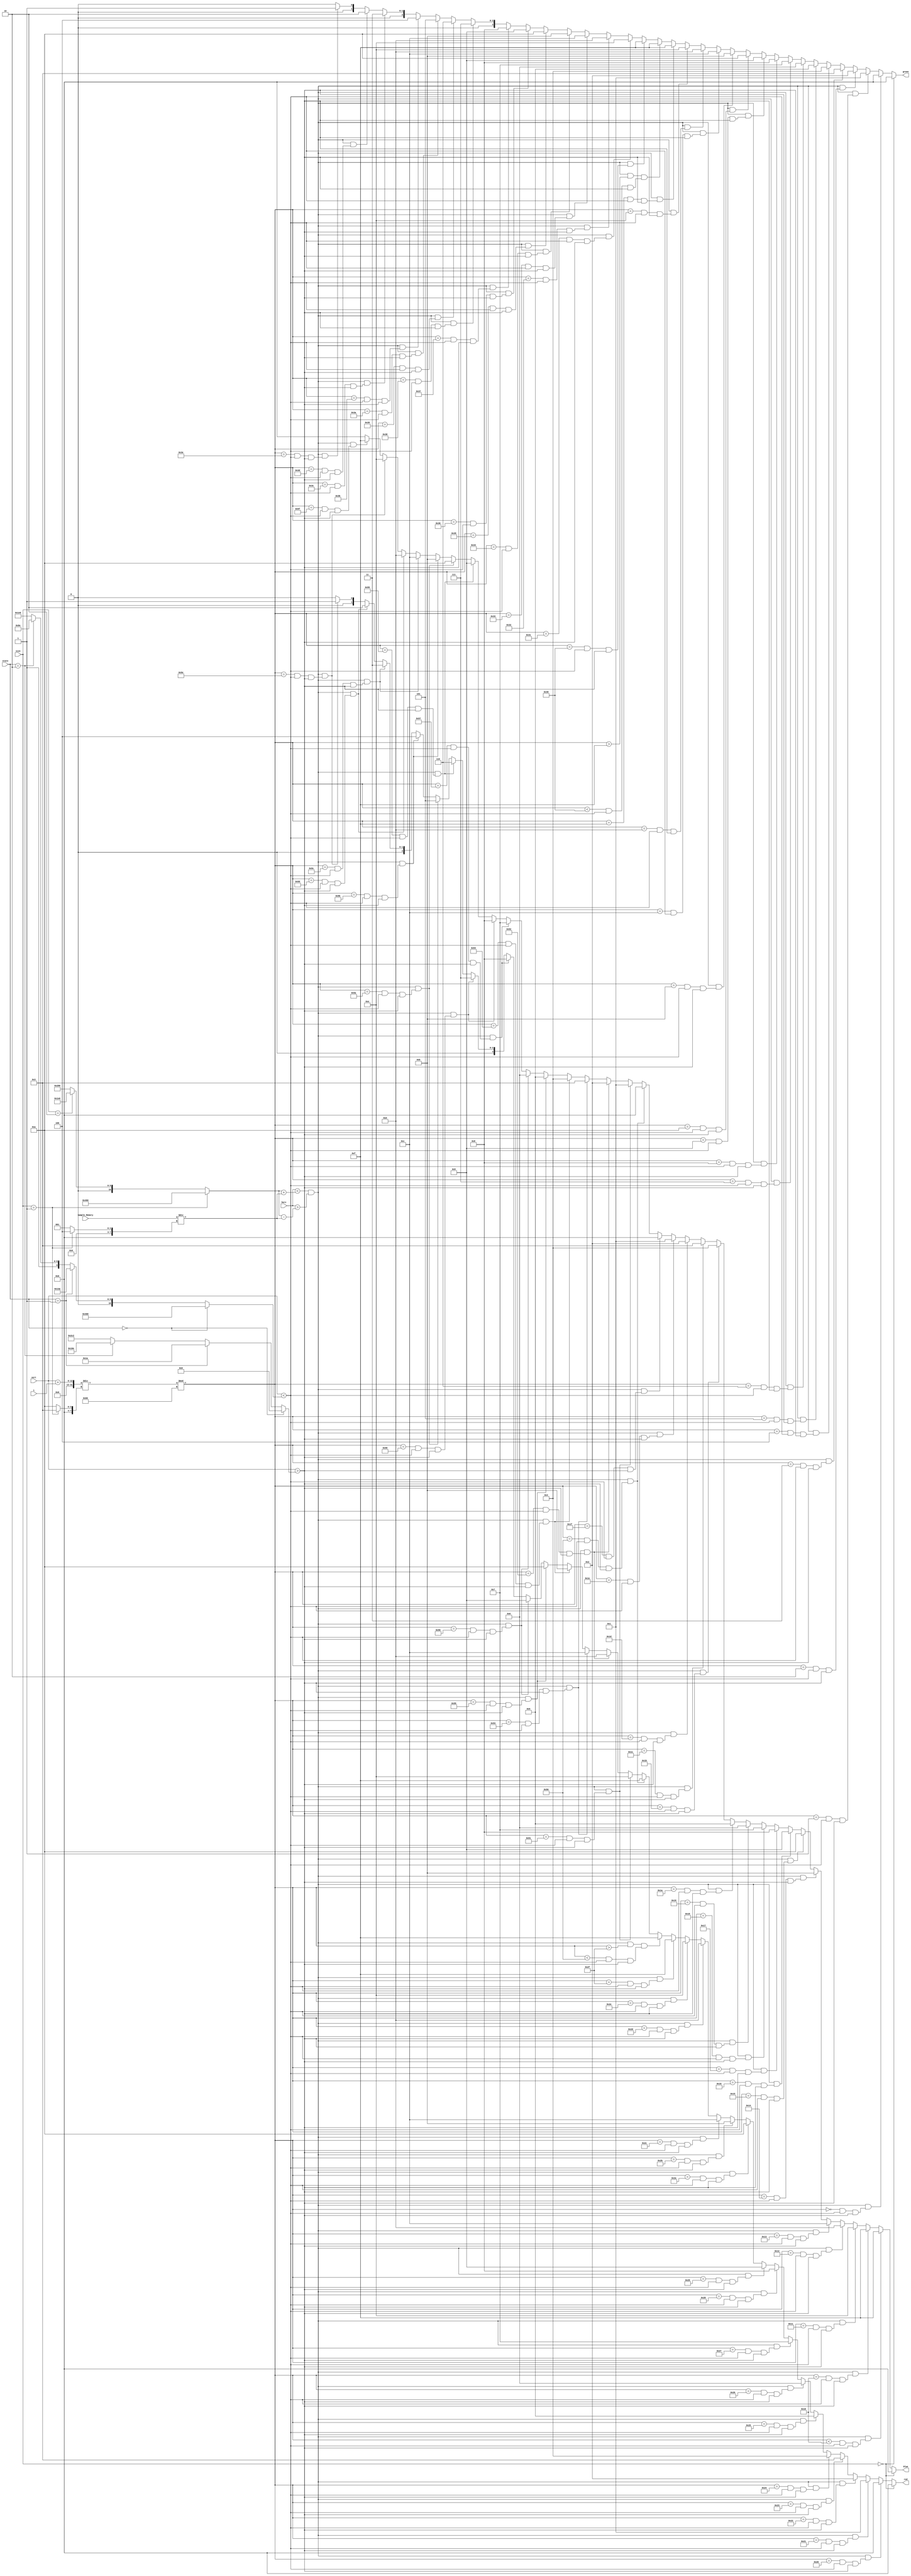
module draw_wave( 
    input [11:0] horz, 
    input [11:0] vert, 
    input [11:0] Sample_Memory, 
    input [1:0] size,
    input [1:0] state,
    input [10:0] i,
    output [3:0] blue, 
    output [3:0] green, 
    output [3:0] red
    );
    
    wire [7:0] scale;
    wire [7:0] mod;
    wire [11:0] x;
    wire [11:0] ymin;
    wire [11:0] ymax;
    assign scale = (size == 1) ? 4 : 1;
    assign mod = (size == 1) ? 3 : 10;
    assign x = (size == 1) ? 1120 : 
                {(size == 2) ? 480 : 640};
    assign ymin = (state == 0) ? 0 :
                {(state == 1) ? 26 :
                    {(state == 2) ? 366 : 706}};
    assign ymax = (state == 0) ? 1024 :
                {(state == 1) ? 314 :
                    {(state == 2) ? 654 : 998}};

//      Code for verticle waveform           
    assign blue =   (size == 0) ? 0 : 
                    (horz < (x + Sample_Memory / scale)) && (horz > (x - Sample_Memory / scale)) && (((vert + i) / mod) % 96  < 16 && vert < ymax && vert > ymin) ? 15 : 
                    (horz < (x + Sample_Memory / scale)) && (horz > (x - Sample_Memory / scale)) && (((vert + i) / mod) % 96 == 16 && vert < ymax && vert > ymin) ? 15 :
                    (horz < (x + Sample_Memory / scale)) && (horz > (x - Sample_Memory / scale)) && (((vert + i) / mod) % 96 == 17 && vert < ymax && vert > ymin) ? 14 : 
                    (horz < (x + Sample_Memory / scale)) && (horz > (x - Sample_Memory / scale)) && (((vert + i) / mod) % 96 == 18 && vert < ymax && vert > ymin) ? 13 : 
                    (horz < (x + Sample_Memory / scale)) && (horz > (x - Sample_Memory / scale)) && (((vert + i) / mod) % 96 == 19 && vert < ymax && vert > ymin) ? 12 : 
                    (horz < (x + Sample_Memory / scale)) && (horz > (x - Sample_Memory / scale)) && (((vert + i) / mod) % 96 == 20 && vert < ymax && vert > ymin) ? 11 : 
                    (horz < (x + Sample_Memory / scale)) && (horz > (x - Sample_Memory / scale)) && (((vert + i) / mod) % 96 == 21 && vert < ymax && vert > ymin) ? 10 : 
                    (horz < (x + Sample_Memory / scale)) && (horz > (x - Sample_Memory / scale)) && (((vert + i) / mod) % 96 == 22 && vert < ymax && vert > ymin) ? 9 :  
                    (horz < (x + Sample_Memory / scale)) && (horz > (x - Sample_Memory / scale)) && (((vert + i) / mod) % 96 == 23 && vert < ymax && vert > ymin) ? 8 : 
                    (horz < (x + Sample_Memory / scale)) && (horz > (x - Sample_Memory / scale)) && (((vert + i) / mod) % 96 == 24 && vert < ymax && vert > ymin) ? 7 : 
                    (horz < (x + Sample_Memory / scale)) && (horz > (x - Sample_Memory / scale)) && (((vert + i) / mod) % 96 == 25 && vert < ymax && vert > ymin) ? 6 : 
                    (horz < (x + Sample_Memory / scale)) && (horz > (x - Sample_Memory / scale)) && (((vert + i) / mod) % 96 == 26 && vert < ymax && vert > ymin) ? 5 : 
                    (horz < (x + Sample_Memory / scale)) && (horz > (x - Sample_Memory / scale)) && (((vert + i) / mod) % 96 == 27 && vert < ymax && vert > ymin) ? 4 : 
                    (horz < (x + Sample_Memory / scale)) && (horz > (x - Sample_Memory / scale)) && (((vert + i) / mod) % 96 == 28 && vert < ymax && vert > ymin) ? 3 :      
                    (horz < (x + Sample_Memory / scale)) && (horz > (x - Sample_Memory / scale)) && (((vert + i) / mod) % 96 == 29 && vert < ymax && vert > ymin) ? 2 : 
                    (horz < (x + Sample_Memory / scale)) && (horz > (x - Sample_Memory / scale)) && (((vert + i) / mod) % 96 == 30 && vert < ymax && vert > ymin) ? 1 : 
                    (horz < (x + Sample_Memory / scale)) && (horz > (x - Sample_Memory / scale)) && (((vert + i) / mod) % 96 == 31 && vert < ymax && vert > ymin) ? 0 :  
                    (horz < (x + Sample_Memory / scale)) && (horz > (x - Sample_Memory / scale)) && (((vert + i) / mod) % 96 == 31 && vert < ymax && vert > ymin) ? 0 :
                                       
                    (horz < (x + Sample_Memory / scale)) && (horz > (x - Sample_Memory / scale)) && (((vert + i) / mod) % 96  == 80 && vert < ymax && vert > ymin) ? 0 : 
                    (horz < (x + Sample_Memory / scale)) && (horz > (x - Sample_Memory / scale)) && (((vert + i) / mod) % 96  == 81 && vert < ymax && vert > ymin) ? 1 : 
                    (horz < (x + Sample_Memory / scale)) && (horz > (x - Sample_Memory / scale)) && (((vert + i) / mod) % 96  == 82 && vert < ymax && vert > ymin) ? 2 : 
                    (horz < (x + Sample_Memory / scale)) && (horz > (x - Sample_Memory / scale)) && (((vert + i) / mod) % 96  == 83 && vert < ymax && vert > ymin) ? 3 : 
                    (horz < (x + Sample_Memory / scale)) && (horz > (x - Sample_Memory / scale)) && (((vert + i) / mod) % 96  == 84 && vert < ymax && vert > ymin) ? 4 : 
                    (horz < (x + Sample_Memory / scale)) && (horz > (x - Sample_Memory / scale)) && (((vert + i) / mod) % 96  == 85 && vert < ymax && vert > ymin) ? 5 : 
                    (horz < (x + Sample_Memory / scale)) && (horz > (x - Sample_Memory / scale)) && (((vert + i) / mod) % 96  == 86 && vert < ymax && vert > ymin) ? 6 :  
                    (horz < (x + Sample_Memory / scale)) && (horz > (x - Sample_Memory / scale)) && (((vert + i) / mod) % 96  == 87 && vert < ymax && vert > ymin) ? 7 : 
                    (horz < (x + Sample_Memory / scale)) && (horz > (x - Sample_Memory / scale)) && (((vert + i) / mod) % 96  == 88 && vert < ymax && vert > ymin) ? 8 : 
                    (horz < (x + Sample_Memory / scale)) && (horz > (x - Sample_Memory / scale)) && (((vert + i) / mod) % 96  == 89 && vert < ymax && vert > ymin) ? 9 : 
                    (horz < (x + Sample_Memory / scale)) && (horz > (x - Sample_Memory / scale)) && (((vert + i) / mod) % 96  == 90 && vert < ymax && vert > ymin) ? 10 : 
                    (horz < (x + Sample_Memory / scale)) && (horz > (x - Sample_Memory / scale)) && (((vert + i) / mod) % 96  == 91 && vert < ymax && vert > ymin) ? 11 : 
                    (horz < (x + Sample_Memory / scale)) && (horz > (x - Sample_Memory / scale)) && (((vert + i) / mod) % 96  == 92 && vert < ymax && vert > ymin) ? 12 :      
                    (horz < (x + Sample_Memory / scale)) && (horz > (x - Sample_Memory / scale)) && (((vert + i) / mod) % 96  == 93 && vert < ymax && vert > ymin) ? 13 : 
                    (horz < (x + Sample_Memory / scale)) && (horz > (x - Sample_Memory / scale)) && (((vert + i) / mod) % 96  == 94 && vert < ymax && vert > ymin) ? 14 : 
                    (horz < (x + Sample_Memory / scale)) && (horz > (x - Sample_Memory / scale)) && (((vert + i) / mod) % 96  == 95 && vert < ymax && vert > ymin) ? 15 : 0; 

    assign green =  (size == 0) ? 0 : 
                    (horz < (x + Sample_Memory / scale)) && (horz > (x - Sample_Memory / scale)) && (((vert + i) / mod) % 96  == 0 && vert < ymax && vert > ymin) ? 0 : 
                    (horz < (x + Sample_Memory / scale)) && (horz > (x - Sample_Memory / scale)) && (((vert + i) / mod) % 96  == 1 && vert < ymax && vert > ymin) ? 1 : 
                    (horz < (x + Sample_Memory / scale)) && (horz > (x - Sample_Memory / scale)) && (((vert + i) / mod) % 96  == 2 && vert < ymax && vert > ymin) ? 2 : 
                    (horz < (x + Sample_Memory / scale)) && (horz > (x - Sample_Memory / scale)) && (((vert + i) / mod) % 96  == 3 && vert < ymax && vert > ymin) ? 3 : 
                    (horz < (x + Sample_Memory / scale)) && (horz > (x - Sample_Memory / scale)) && (((vert + i) / mod) % 96  == 4 && vert < ymax && vert > ymin) ? 4 : 
                    (horz < (x + Sample_Memory / scale)) && (horz > (x - Sample_Memory / scale)) && (((vert + i) / mod) % 96  == 5 && vert < ymax && vert > ymin) ? 5 : 
                    (horz < (x + Sample_Memory / scale)) && (horz > (x - Sample_Memory / scale)) && (((vert + i) / mod) % 96  == 6 && vert < ymax && vert > ymin) ? 6 :  
                    (horz < (x + Sample_Memory / scale)) && (horz > (x - Sample_Memory / scale)) && (((vert + i) / mod) % 96  == 7 && vert < ymax && vert > ymin) ? 7 : 
                    (horz < (x + Sample_Memory / scale)) && (horz > (x - Sample_Memory / scale)) && (((vert + i) / mod) % 96  == 8 && vert < ymax && vert > ymin) ? 8 : 
                    (horz < (x + Sample_Memory / scale)) && (horz > (x - Sample_Memory / scale)) && (((vert + i) / mod) % 96  == 9 && vert < ymax && vert > ymin) ? 9 : 
                    (horz < (x + Sample_Memory / scale)) && (horz > (x - Sample_Memory / scale)) && (((vert + i) / mod) % 96  == 10 && vert < ymax && vert > ymin) ? 10 : 
                    (horz < (x + Sample_Memory / scale)) && (horz > (x - Sample_Memory / scale)) && (((vert + i) / mod) % 96  == 11 && vert < ymax && vert > ymin) ? 11 : 
                    (horz < (x + Sample_Memory / scale)) && (horz > (x - Sample_Memory / scale)) && (((vert + i) / mod) % 96  == 12 && vert < ymax && vert > ymin) ? 12 :      
                    (horz < (x + Sample_Memory / scale)) && (horz > (x - Sample_Memory / scale)) && (((vert + i) / mod) % 96  == 13 && vert < ymax && vert > ymin) ? 13 : 
                    (horz < (x + Sample_Memory / scale)) && (horz > (x - Sample_Memory / scale)) && (((vert + i) / mod) % 96  == 14 && vert < ymax && vert > ymin) ? 14 : 
                    (horz < (x + Sample_Memory / scale)) && (horz > (x - Sample_Memory / scale)) && (((vert + i) / mod) % 96  == 15 && vert < ymax && vert > ymin) ? 15 :  
                    (horz < (x + Sample_Memory / scale)) && (horz > (x - Sample_Memory / scale)) && (((vert + i) / mod) % 96  > 15) && (((vert + i) / mod) % 96  < 48 && vert < ymax && vert > ymin) ? 15 :
                   
                    (horz < (x + Sample_Memory / scale)) && (horz > (x - Sample_Memory / scale)) && (((vert + i) / mod) % 96  == 48 && vert < ymax && vert > ymin) ? 15 :
                    (horz < (x + Sample_Memory / scale)) && (horz > (x - Sample_Memory / scale)) && (((vert + i) / mod) % 96  == 49 && vert < ymax && vert > ymin) ? 14 : 
                    (horz < (x + Sample_Memory / scale)) && (horz > (x - Sample_Memory / scale)) && (((vert + i) / mod) % 96  == 50 && vert < ymax && vert > ymin) ? 13 : 
                    (horz < (x + Sample_Memory / scale)) && (horz > (x - Sample_Memory / scale)) && (((vert + i) / mod) % 96  == 51 && vert < ymax && vert > ymin) ? 12 : 
                    (horz < (x + Sample_Memory / scale)) && (horz > (x - Sample_Memory / scale)) && (((vert + i) / mod) % 96  == 52 && vert < ymax && vert > ymin) ? 11 : 
                    (horz < (x + Sample_Memory / scale)) && (horz > (x - Sample_Memory / scale)) && (((vert + i) / mod) % 96  == 53 && vert < ymax && vert > ymin) ? 10 : 
                    (horz < (x + Sample_Memory / scale)) && (horz > (x - Sample_Memory / scale)) && (((vert + i) / mod) % 96  == 54 && vert < ymax && vert > ymin) ? 9 :  
                    (horz < (x + Sample_Memory / scale)) && (horz > (x - Sample_Memory / scale)) && (((vert + i) / mod) % 96  == 55 && vert < ymax && vert > ymin) ? 8 : 
                    (horz < (x + Sample_Memory / scale)) && (horz > (x - Sample_Memory / scale)) && (((vert + i) / mod) % 96  == 56 && vert < ymax && vert > ymin) ? 7 : 
                    (horz < (x + Sample_Memory / scale)) && (horz > (x - Sample_Memory / scale)) && (((vert + i) / mod) % 96  == 57 && vert < ymax && vert > ymin) ? 6 : 
                    (horz < (x + Sample_Memory / scale)) && (horz > (x - Sample_Memory / scale)) && (((vert + i) / mod) % 96  == 58 && vert < ymax && vert > ymin) ? 5 : 
                    (horz < (x + Sample_Memory / scale)) && (horz > (x - Sample_Memory / scale)) && (((vert + i) / mod) % 96  == 59 && vert < ymax && vert > ymin) ? 4 : 
                    (horz < (x + Sample_Memory / scale)) && (horz > (x - Sample_Memory / scale)) && (((vert + i) / mod) % 96  == 60 && vert < ymax && vert > ymin) ? 3 :      
                    (horz < (x + Sample_Memory / scale)) && (horz > (x - Sample_Memory / scale)) && (((vert + i) / mod) % 96  == 61 && vert < ymax && vert > ymin) ? 2 : 
                    (horz < (x + Sample_Memory / scale)) && (horz > (x - Sample_Memory / scale)) && (((vert + i) / mod) % 96  == 62 && vert < ymax && vert > ymin) ? 1 : 
                    (horz < (x + Sample_Memory / scale)) && (horz > (x - Sample_Memory / scale)) && (((vert + i) / mod) % 96  == 63 && vert < ymax && vert > ymin) ? 0 : 0;
                    
    assign red =    (size == 0) ? 0 : 
                    (horz < (x + Sample_Memory / scale)) && (horz > (x - Sample_Memory / scale)) && (((vert + i) / mod) % 96  == 32 && vert < ymax && vert > ymin) ? 0 : 
                    (horz < (x + Sample_Memory / scale)) && (horz > (x - Sample_Memory / scale)) && (((vert + i) / mod) % 96  == 33 && vert < ymax && vert > ymin) ? 1 : 
                    (horz < (x + Sample_Memory / scale)) && (horz > (x - Sample_Memory / scale)) && (((vert + i) / mod) % 96  == 34 && vert < ymax && vert > ymin) ? 2 : 
                    (horz < (x + Sample_Memory / scale)) && (horz > (x - Sample_Memory / scale)) && (((vert + i) / mod) % 96  == 35 && vert < ymax && vert > ymin) ? 3 : 
                    (horz < (x + Sample_Memory / scale)) && (horz > (x - Sample_Memory / scale)) && (((vert + i) / mod) % 96  == 36 && vert < ymax && vert > ymin) ? 4 : 
                    (horz < (x + Sample_Memory / scale)) && (horz > (x - Sample_Memory / scale)) && (((vert + i) / mod) % 96  == 37 && vert < ymax && vert > ymin) ? 5 : 
                    (horz < (x + Sample_Memory / scale)) && (horz > (x - Sample_Memory / scale)) && (((vert + i) / mod) % 96  == 38 && vert < ymax && vert > ymin) ? 6 :  
                    (horz < (x + Sample_Memory / scale)) && (horz > (x - Sample_Memory / scale)) && (((vert + i) / mod) % 96  == 39 && vert < ymax && vert > ymin) ? 7 : 
                    (horz < (x + Sample_Memory / scale)) && (horz > (x - Sample_Memory / scale)) && (((vert + i) / mod) % 96  == 40 && vert < ymax && vert > ymin) ? 8 : 
                    (horz < (x + Sample_Memory / scale)) && (horz > (x - Sample_Memory / scale)) && (((vert + i) / mod) % 96  == 41 && vert < ymax && vert > ymin) ? 9 : 
                    (horz < (x + Sample_Memory / scale)) && (horz > (x - Sample_Memory / scale)) && (((vert + i) / mod) % 96  == 42 && vert < ymax && vert > ymin) ? 10 : 
                    (horz < (x + Sample_Memory / scale)) && (horz > (x - Sample_Memory / scale)) && (((vert + i) / mod) % 96  == 43 && vert < ymax && vert > ymin) ? 11 : 
                    (horz < (x + Sample_Memory / scale)) && (horz > (x - Sample_Memory / scale)) && (((vert + i) / mod) % 96  == 44 && vert < ymax && vert > ymin) ? 12 :      
                    (horz < (x + Sample_Memory / scale)) && (horz > (x - Sample_Memory / scale)) && (((vert + i) / mod) % 96  == 45 && vert < ymax && vert > ymin) ? 13 : 
                    (horz < (x + Sample_Memory / scale)) && (horz > (x - Sample_Memory / scale)) && (((vert + i) / mod) % 96  == 46 && vert < ymax && vert > ymin) ? 14 : 
                    (horz < (x + Sample_Memory / scale)) && (horz > (x - Sample_Memory / scale)) && (((vert + i) / mod) % 96  == 47 && vert < ymax && vert > ymin) ? 15 :  
                    (horz < (x + Sample_Memory / scale)) && (horz > (x - Sample_Memory / scale)) && (((vert + i) / mod) % 96  > 47) && (((vert + i) / mod) % 96  < 80 && vert < ymax && vert > ymin) ? 15 :
                   
                    (horz < (x + Sample_Memory / scale)) && (horz > (x - Sample_Memory / scale)) && (((vert + i) / mod) % 96  == 80 && vert < ymax && vert > ymin) ? 15 :
                    (horz < (x + Sample_Memory / scale)) && (horz > (x - Sample_Memory / scale)) && (((vert + i) / mod) % 96  == 81 && vert < ymax && vert > ymin) ? 14 : 
                    (horz < (x + Sample_Memory / scale)) && (horz > (x - Sample_Memory / scale)) && (((vert + i) / mod) % 96  == 82 && vert < ymax && vert > ymin) ? 13 : 
                    (horz < (x + Sample_Memory / scale)) && (horz > (x - Sample_Memory / scale)) && (((vert + i) / mod) % 96  == 83 && vert < ymax && vert > ymin) ? 12 : 
                    (horz < (x + Sample_Memory / scale)) && (horz > (x - Sample_Memory / scale)) && (((vert + i) / mod) % 96  == 84 && vert < ymax && vert > ymin) ? 11 : 
                    (horz < (x + Sample_Memory / scale)) && (horz > (x - Sample_Memory / scale)) && (((vert + i) / mod) % 96  == 85 && vert < ymax && vert > ymin) ? 10 : 
                    (horz < (x + Sample_Memory / scale)) && (horz > (x - Sample_Memory / scale)) && (((vert + i) / mod) % 96  == 86 && vert < ymax && vert > ymin) ? 9 :  
                    (horz < (x + Sample_Memory / scale)) && (horz > (x - Sample_Memory / scale)) && (((vert + i) / mod) % 96  == 87 && vert < ymax && vert > ymin) ? 8 : 
                    (horz < (x + Sample_Memory / scale)) && (horz > (x - Sample_Memory / scale)) && (((vert + i) / mod) % 96  == 88 && vert < ymax && vert > ymin) ? 7 : 
                    (horz < (x + Sample_Memory / scale)) && (horz > (x - Sample_Memory / scale)) && (((vert + i) / mod) % 96  == 89 && vert < ymax && vert > ymin) ? 6 : 
                    (horz < (x + Sample_Memory / scale)) && (horz > (x - Sample_Memory / scale)) && (((vert + i) / mod) % 96  == 90 && vert < ymax && vert > ymin) ? 5 : 
                    (horz < (x + Sample_Memory / scale)) && (horz > (x - Sample_Memory / scale)) && (((vert + i) / mod) % 96  == 91 && vert < ymax && vert > ymin) ? 4 : 
                    (horz < (x + Sample_Memory / scale)) && (horz > (x - Sample_Memory / scale)) && (((vert + i) / mod) % 96  == 92 && vert < ymax && vert > ymin) ? 3 :      
                    (horz < (x + Sample_Memory / scale)) && (horz > (x - Sample_Memory / scale)) && (((vert + i) / mod) % 96  == 93 && vert < ymax && vert > ymin) ? 2 : 
                    (horz < (x + Sample_Memory / scale)) && (horz > (x - Sample_Memory / scale)) && (((vert + i) / mod) % 96  == 94 && vert < ymax && vert > ymin) ? 1 : 
                    (horz < (x + Sample_Memory / scale)) && (horz > (x - Sample_Memory / scale)) && (((vert + i) / mod) % 96  == 95 && vert < ymax && vert > ymin) ? 0 : 0;
   
endmodule